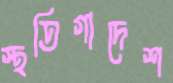
স্থতিগাদেশ